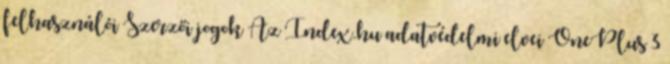
felhasználói Szerzői jogok Az Index.hu adatvédelmi elvei OnePlus 3